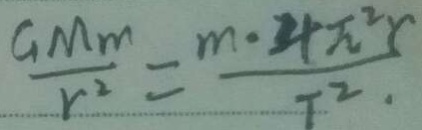
\frac { G M m } { r ^ { 2 } } = \frac { m \cdot 4 \pi ^ { 2 } r } { T ^ { 2 } }